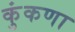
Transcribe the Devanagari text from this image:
कुंकणा